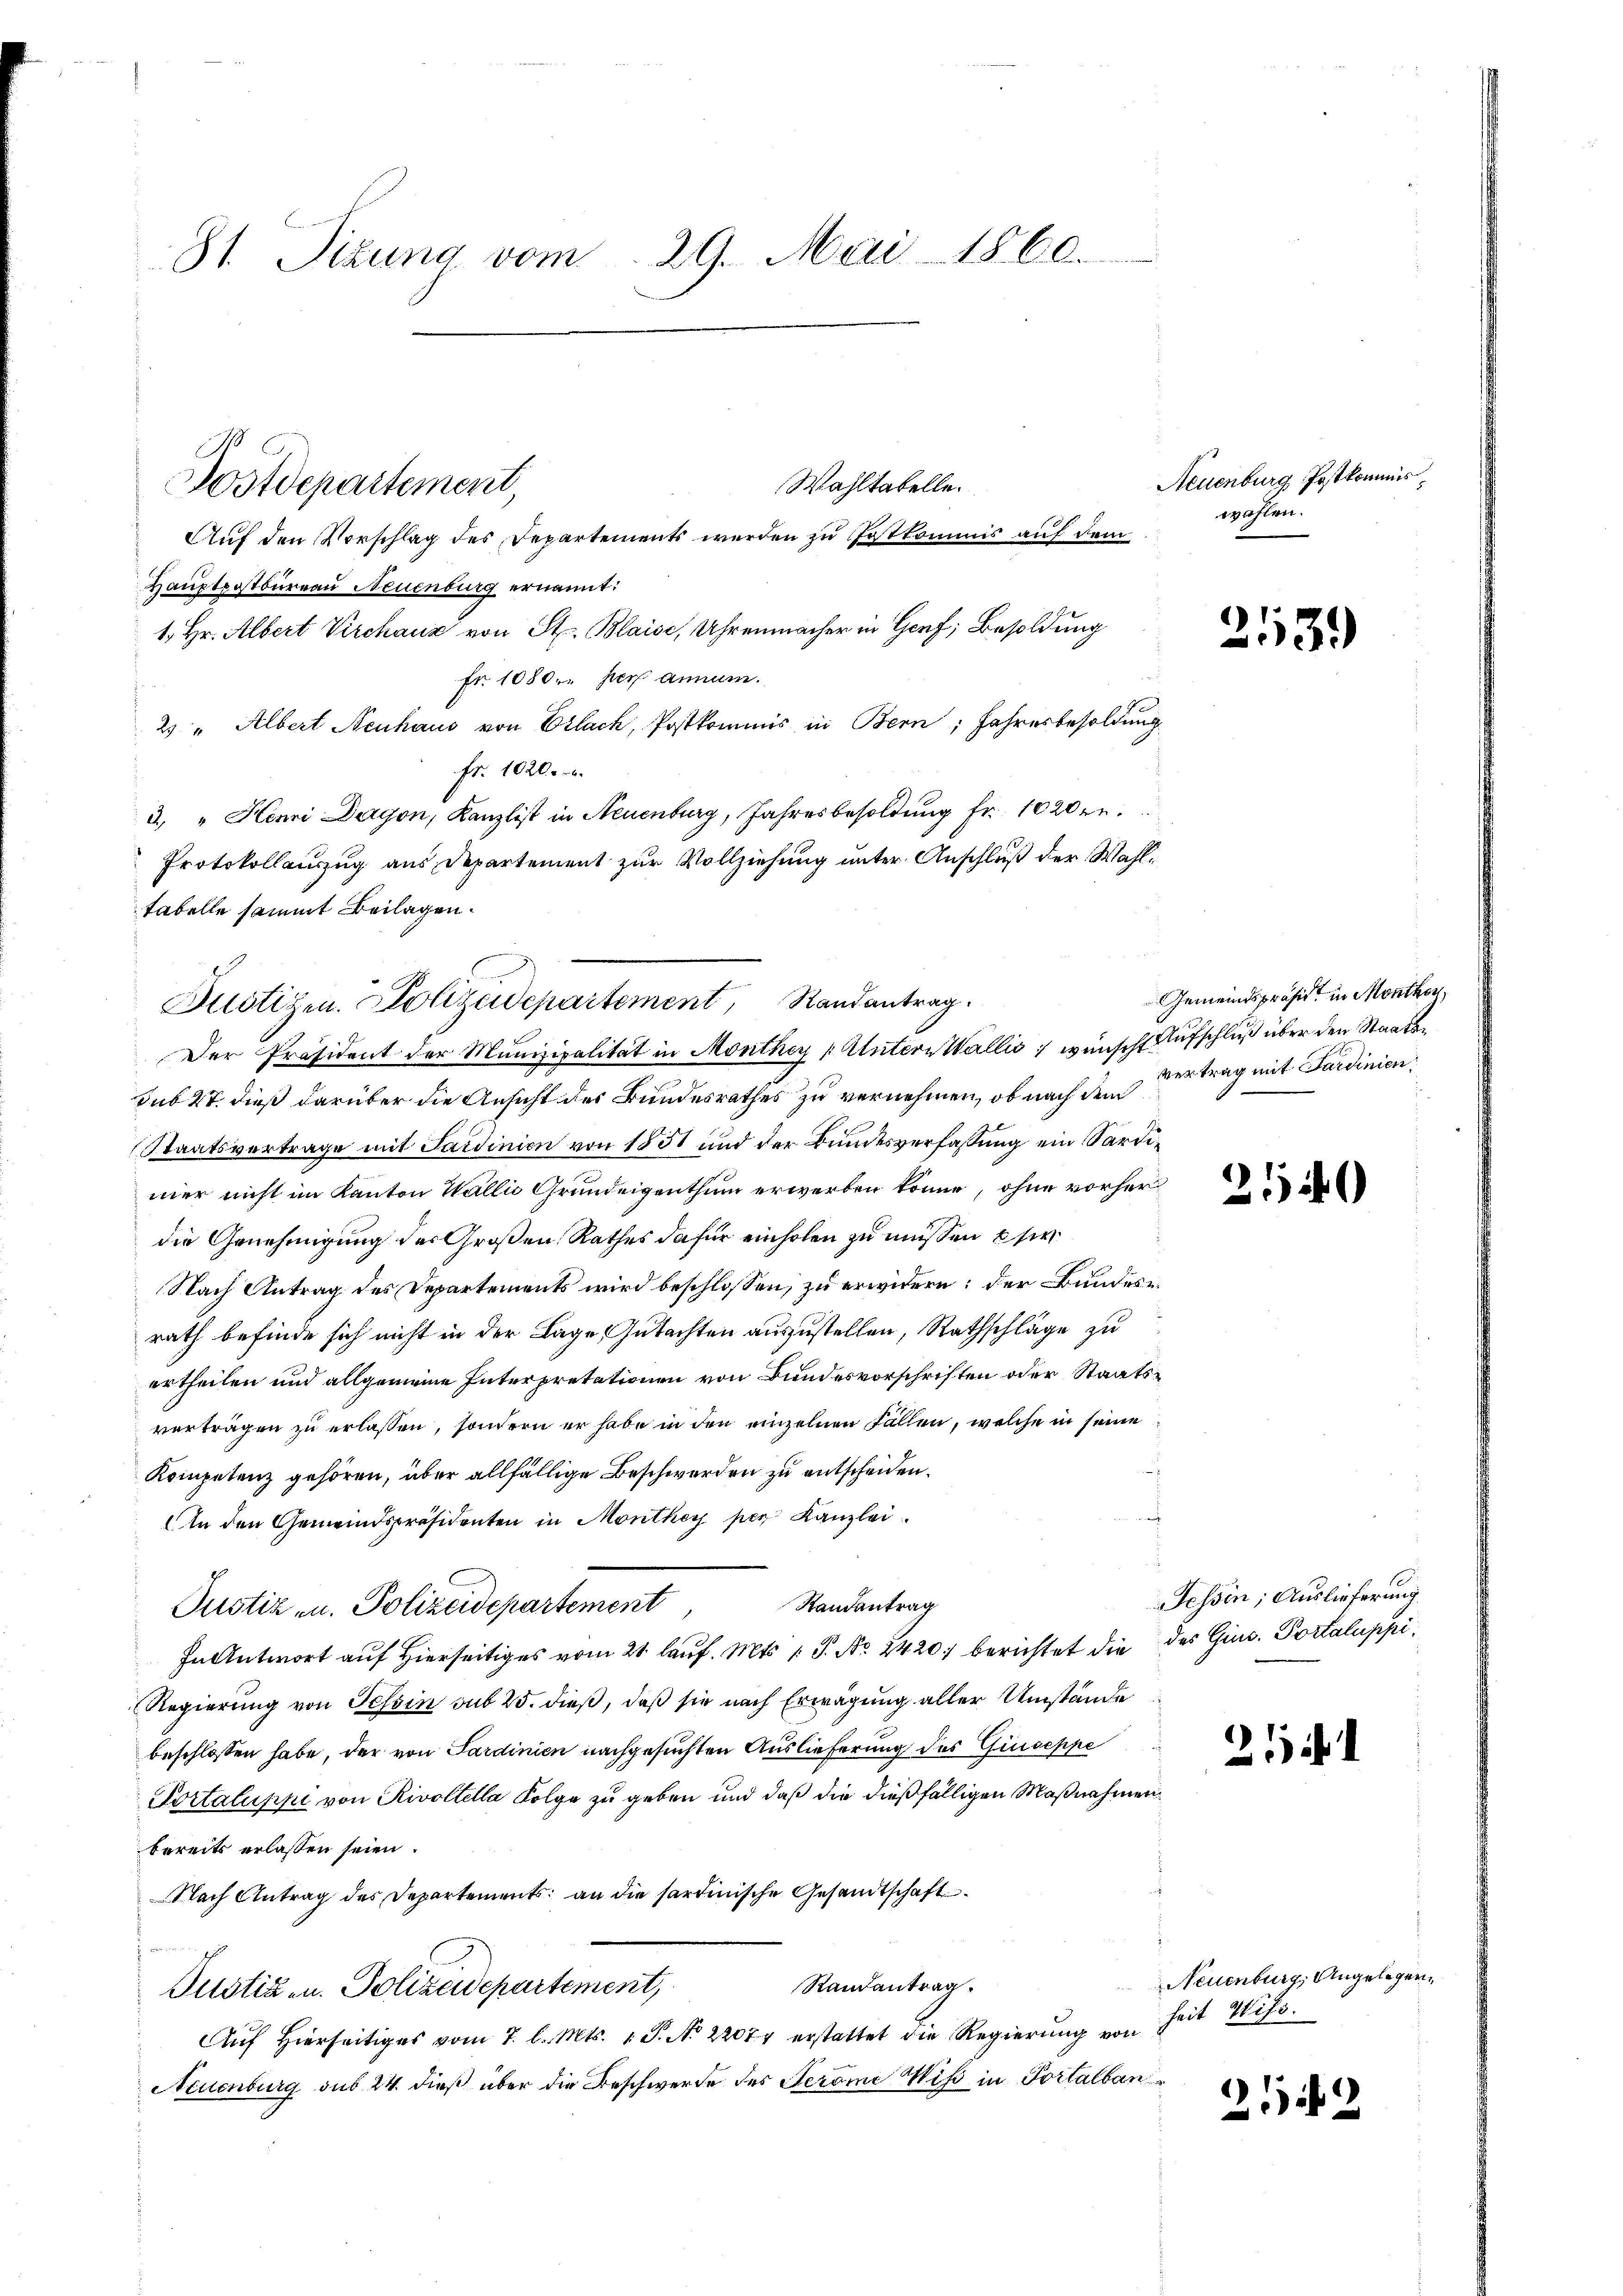
81. Sizung vom 29. Mai 1860.

Wahltatelle.
Postdepartement,
Auf den Vorschlag des Departements werden zu Pastkommis auf dem
Hauptpostbureau Neuenburg ernannt:
1. Hr. Albert Virchaus von St. Blaisi, Uhrenmacher in Genf, Besoldung
Fr. 1080. per annum.
2 " Albert Neuhaus von Erlach, Postkommis in Bern, Jahresbesoldung
fr. 1020.
3. " Henri Dagon, Kanzlist in Neuenburg, Jahresbesoldung Fr. 1020 er
Protokollanzug aus Departement zur Vollziehung unter Anschluß der Wahlfabelle sammt Beilagen.
sub 27. dieß darüber die Ansicht des Bundesrathes zu vernehmen, ob nach dem
Staatsvertrage mit Sardinien von 1851 und der Bundesverfassung ein Sardimer nicht im Kanton Wallis Grundeigenthum erwerben könne, ohne vorher
die Genehmigung des Großen Rathes dafür einholen zu müssen si
Nach Antrag des Departements wird beschlossen, zu erwidern; der Bundesrath befinde sich nicht in der Lage Gutachten auszustellen, Rathschläge zu
ertheilen und allgemeine Interpretationen von Bundesvorschriften oder Staatsvertragen zu erlassen, sondern er habe in den einzelnen Fallen, welche in seine
Kompetenz gehören, über allfällige Beschwerden zu entscheiden.
In den Gemeindspräsidenten in Monthey per Kanzlei
Randantrag
Justiz u. Polizeidepartement
In Antwort auf Hierseitiges vom 21. lauf. Mts. 1. P. Nr. 2420) berichtet die
Regierung von Tessin sub 25. dieß, daß sie nach Erwägung aller Umstände
beschlossen habe, der von Sardinien nachgesuchten Auslieferung des Giuseppe
Portaluppi von Rivoltella Folge zu geben und daß die dießfälligen Maßnahmenbereits erlassen seien.
Nach Antrag des Departements an die sardinische Gesandtschaft¬
Randantrag.
Justiz- u. Polizeidepartement,
Auf hierseitiges vom 7. l. Mts. 1. P. No 22077 erstattet die Regierung von
Neuenburg sub 24 dieß über die Beschwerde des Jerome Wiß in Portalban¬

Justizen. Polizeidepartement, Randantrag.
Der Präsident der Munizipalität in Monthey Alutern Wallis, wünscht Aufschluß über den Staats¬

Neuenburg Postkommiswählen.

2139

Gemeindspräsidt in Monthon
vertrag mit Sardinien

212)

essin; Auslieferung
des Gius. Portaluppi

21

212

Neuenburg, Angelegen
heit Wiss